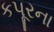
કપૂરના